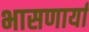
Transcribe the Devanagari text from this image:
भासणार्या